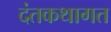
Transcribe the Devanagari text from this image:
दंतकथागत